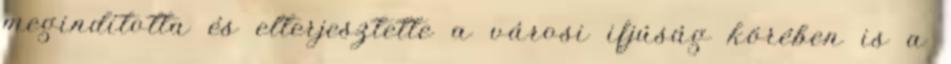
megindította és elterjesztette a városi ifjúság körében is a